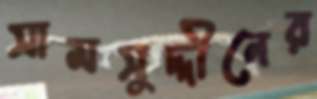
সামসুদ্দীনের